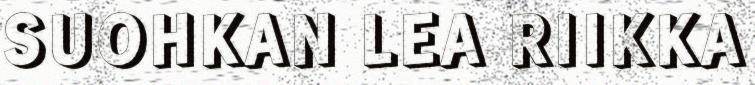
SUOHKAN LEA RIIKKA